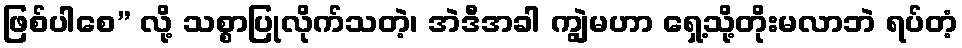
ဖြစ်ပါစေ” လို့ သစ္စာပြုလိုက်သတဲ့၊ အဲဒီအခါ ကျွဲမဟာ ရှေ့သို့တိုးမလာဘဲ ရပ်တံ့